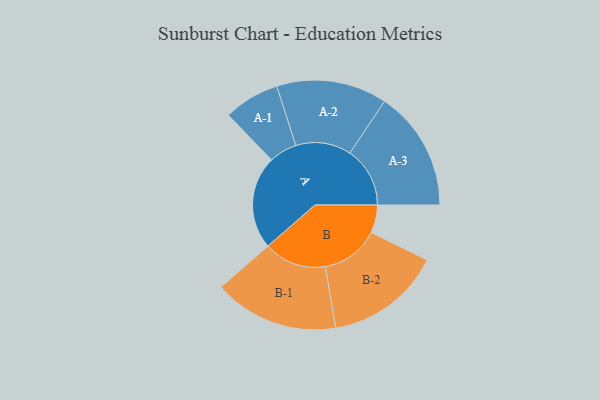
{"axis": {"x": "Segment", "y": "Value"}, "legend": ["", "A", "B"], "data": [{"x": "A", "y": 374, "type": ""}, {"x": "B", "y": 112, "type": ""}, {"x": "A-1", "y": 112, "type": "A"}, {"x": "A-2", "y": 222, "type": "A"}, {"x": "A-3", "y": 241, "type": "A"}, {"x": "B-1", "y": 251, "type": "B"}, {"x": "B-2", "y": 233, "type": "B"}]}